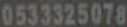
0533325078